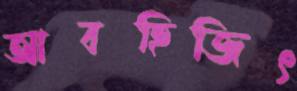
আবহিজিৎ